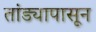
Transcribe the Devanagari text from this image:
तांड्यापासून